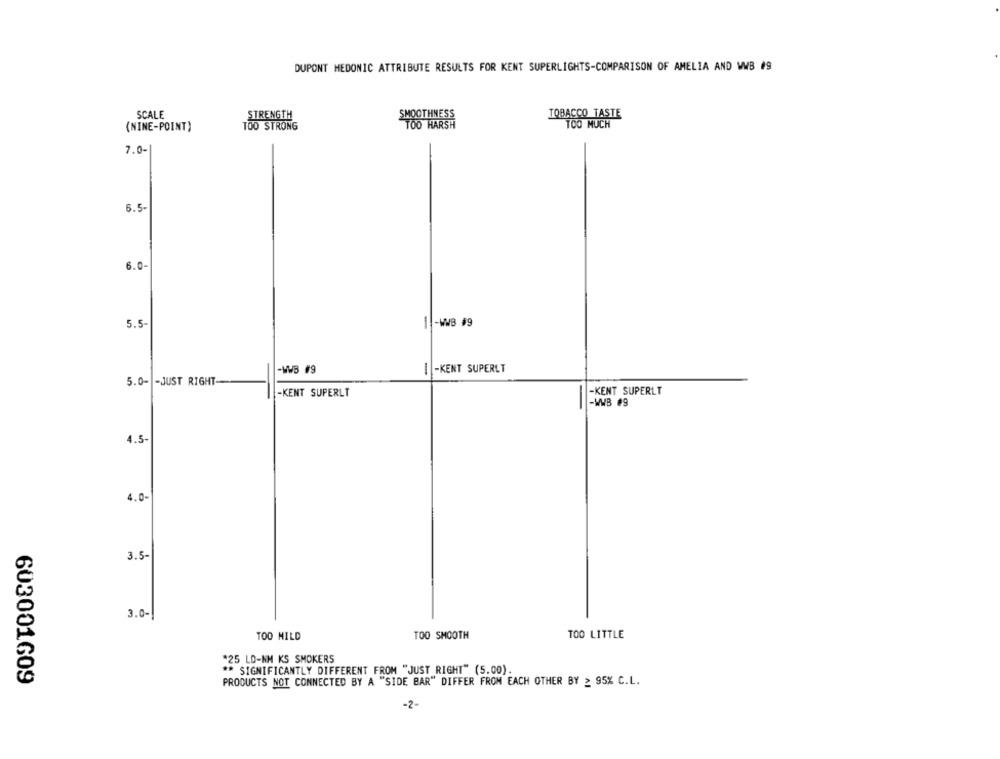
DUPONT HEDONIC ATTRIBUTE RESULTS FOR KENT SUPERLIGHTS-COMPARISON OF AMELIA AND WWB #9
SCALE
STRENGTH
OOTHNESS
TOBACCO TASTE
(NINE-POINT)
TOO STRONG
TOO MUCH
7.0-
6.5-
6.0-
5.5-
1 -WWB #9
-WWB #9
1 -KENT SUPERLT
5.0- - JUST RIGHT
-KENT SUPERLT
-KENT SUPERLT
-WWB #9
4.5-
4.0-
3.5-
3.0-
TOO MILD
TOO SMOOTH
TOO LITTLE
*25 LD-NM KS SMOKERS
** SIGNIFICANTLY DIFFERENT FROM "JUST RIGHT" (5.00).
603001609
PRODUCTS NOT CONNECTED BY A "SIDE BAR" DIFFER FROM EACH OTHER BY ≥ 95% C.L.
-2-